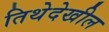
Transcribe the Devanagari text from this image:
तिथेदेखील